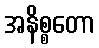
အနိစ္စတော